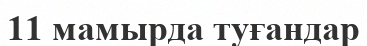
11 мамырда туғандар